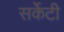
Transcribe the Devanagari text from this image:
सर्केटी